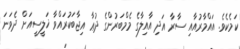
ކަމެކެވެ. އައްމާރުއާއި ސާރާ އަދި އާއިލާގެ މެމްބަރުންގެ ދުޢާ އިޖާބަކުރައްވާ ޚަލީސީއަށް ދެވަނަ